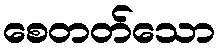
စေတတ်သော